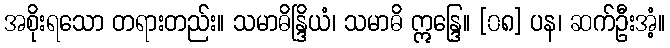
အစိုးရသော တရားတည်း။ သမာဓိန္ဒြိယံ၊ သမာဓိ ဣန္ဒြေ။ [၀၈] ပန၊ ဆက်ဦးအံ့။